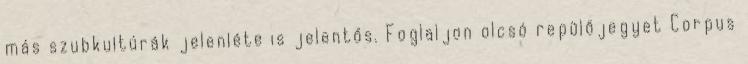
más szubkultúrák jelenléte is jelentős. Foglaljon olcsó repülőjegyet Corpus